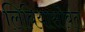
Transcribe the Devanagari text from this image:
लिबियासोबत